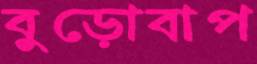
বুড়োবাপ